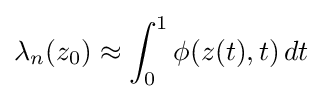
\lambda _{n}(z_{0})\approx \int _{0}^{1}\phi (z(t),t)\,dt